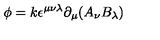
\phi = k \epsilon ^ { \mu \nu \lambda } \partial _ { \mu } ( A _ { \nu } B _ { \lambda } )